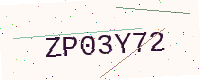
Text: ZP03Y72